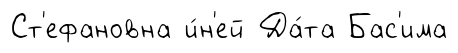
Ст'ефановна и́н'ей Да́та Бас'има